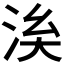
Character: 𣴌